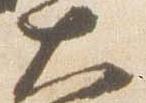
大